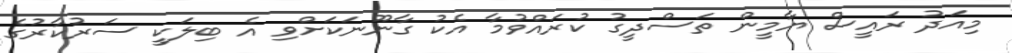
މިއަދު ރައީސް ޔާމީން ތަސްދީގު ކުރައްވުމާ އެކު ގާނޫނަކަށްވި އެ ބިލަކީ ސަރުކާރުގެ